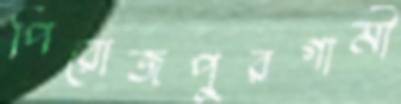
পিরোজপুরগামী